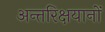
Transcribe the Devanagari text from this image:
अन्तरिक्षयानों